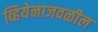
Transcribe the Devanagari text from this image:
व्हियेनाजवळील